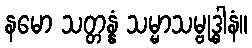
နမော သတ္တန္နံ သမ္မာသမ္ဗုဒ္ဓါနံ။